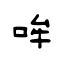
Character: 哞